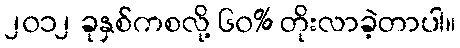
၂၀၁၂ ခုနှစ်ကစလို့ ၆၀% တိုးလာခဲ့တာပါ။